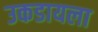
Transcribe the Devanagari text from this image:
उकडायला